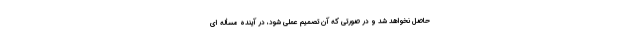
حاصل نخواهد شد و در صورتی که آن تصمیم عملی شود، در آینده مسأله ای